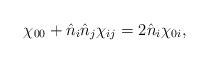
\begin{align*}\chi _{00}+\hat{n}_{i}\hat{n}_{j}\chi _{ij}=2\hat{n}_{i}\chi _{0i},\end{align*}